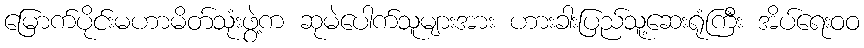
မြောက်ပိုင်းမဟာမိတ်သုံးဖွဲ့က ဆုမဲပေါက်သူများအား ဟားခါးပြည်သူ့ဆေးရုံကြီး အိပ်ရေးဝဝ